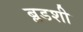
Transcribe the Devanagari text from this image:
ब्लडशी